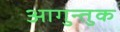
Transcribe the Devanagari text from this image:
आगुन्तुक